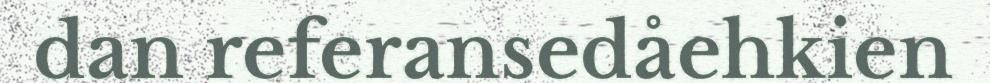
dan referansedåehkien